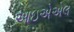
આઇએએલ